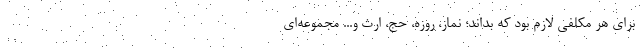
برای هر مکلفی لازم بود که بداند؛ نماز، روزه، حج، ارث و... مجموعه‌ای